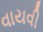
વાયવી